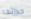
حذائها